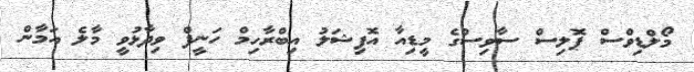
މޯލްޑިވްސް ޕޮލިސް ސާވިސްގެ މީޑިއާ އޮފިޝަލު އިބްރާހިމް ހަނީފް ވިދާޅުވީ މާލެ އަމާން